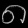
Digit: ၈